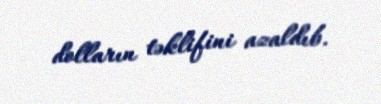
dolların təklifini azaldıb.